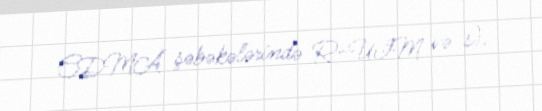
CDMA şəbəkələrində R-UIM və s).